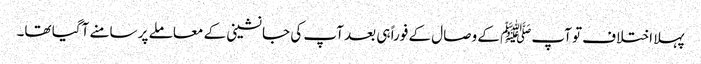
پہلا اختلاف تو آپﷺ کے وصال کے فوراً ہی بعد آپ کی جانشینی کے معاملے پر سامنے آگیا تھا۔